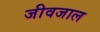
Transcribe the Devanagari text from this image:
जीवजाल